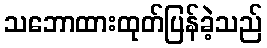
သဘောထားထုတ်ပြန်ခဲ့သည်